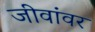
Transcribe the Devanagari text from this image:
जीवांवर